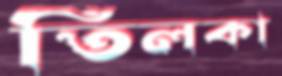
তিলকা